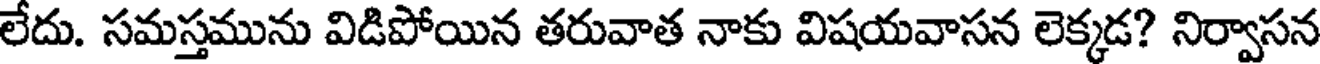
లేదు. సమస్తమును విడిపోయిన తరువాత నాకు విషయవాసన లెక్కడ? నిర్వాసన